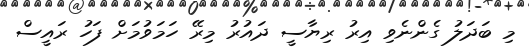
މި ބަދަލު ގެންނެވި އިރު ރިޔާސީ ދައުރު މިރޭ ހަމަވުމަށް ފަހު ރައީސް